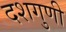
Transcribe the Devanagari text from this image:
दशगुणी